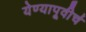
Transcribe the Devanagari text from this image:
येण्यापूवीर्च